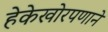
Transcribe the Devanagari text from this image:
हेकेखोरपणाने